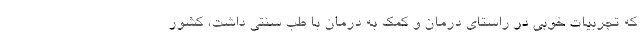
که تجربیات خوبی در راستای درمان و کمک به درمان با طب سنتی داشت، کشور